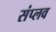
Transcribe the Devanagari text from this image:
संप्लव